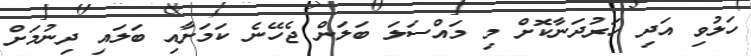
ހަލުވި އަދި ހަރުދަނާކޮށް މި މައްސަލަ ބަލަން ޖެހޭނެ ކަމަށާއި ބަލައި ދިނުމަށް